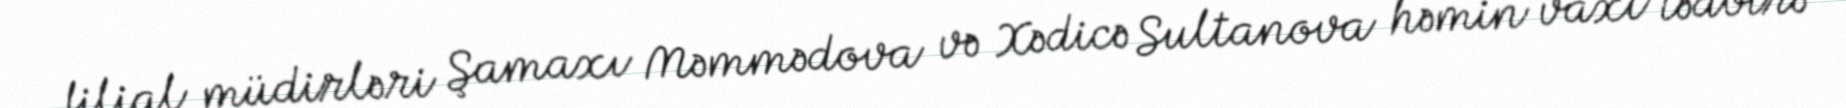
filial müdirləri Şamaxı Məmmədova və Xədicə Sultanova həmin vaxt tədbirə